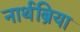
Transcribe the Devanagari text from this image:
नार्थब्रिया